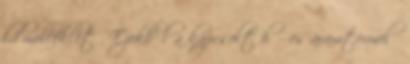
ld melléklet . Ezekből a kapcsolt hő- és áramtermelő